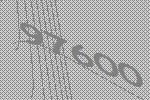
97600